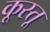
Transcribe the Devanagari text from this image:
कूस्तू